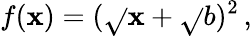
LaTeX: f(\mathbf{x})=(\sqrt{}{{\mathbf{x}}}+\sqrt{}{{b}})^{2}\, ,